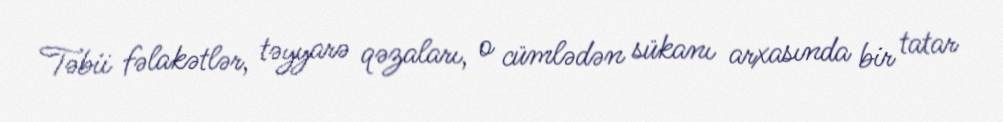
Təbii fəlakətlər, təyyarə qəzaları, o cümlədən sükanı arxasında bir tatar